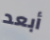
أبعد